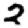
Digit: 2